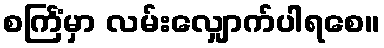
စင်္ကြံမှာ လမ်းလျှောက်ပါရစေ။